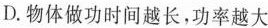
D.物体做功时间越长，功率越大